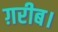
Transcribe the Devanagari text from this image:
ग़रीब।